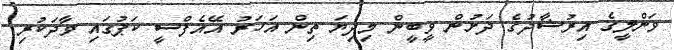
ވަންލީގެ އިރުޝާދުގެ ދަށުން ވީބީން މިދިޔަ ތިން އަހަރު އޭއެފްސީ ކަޕުގައި ވާދަކުރި